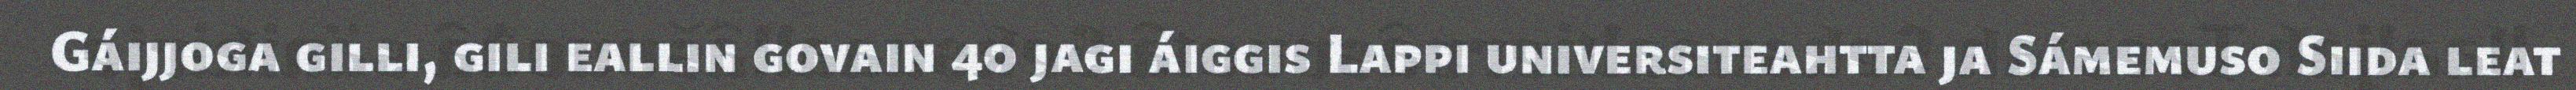
Gáijjoga gilli, gili eallin govain 40 jagi áiggis Lappi universiteahtta ja Sámemuso Siida leat